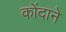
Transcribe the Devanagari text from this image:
कोंदाने